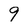
Character: 9